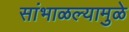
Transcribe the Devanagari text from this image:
सांभाळल्यामुळे